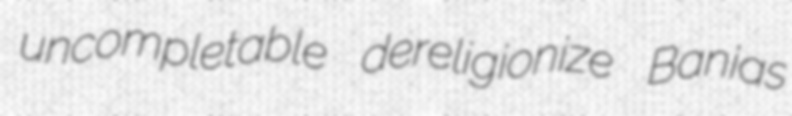
uncompletable dereligionize Banias